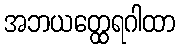
အဘယတ္ထေရဂါထာ